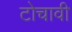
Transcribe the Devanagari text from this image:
टोचावी